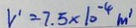
V ^ { \prime } = 7 . 5 \times 1 0 ^ { - 4 } m ^ { 3 }